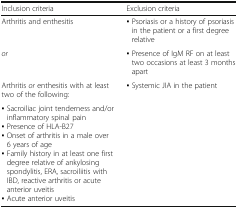
| Inclusion criteria | Exclusion criteria |
 | --- | --- |
 | Arthritis and enthesitis | ▪ Psoriasis or a history of psoriasis in the patient or a first degree relative |
 | or | ▪ Presence of IgM RF on at least two occasions at least 3 months apart |
 | Arthritis or enthesitis with at least two of the following: | ▪ Systemic JIA in the patient |
 | ▪ Sacroiliac joint tenderness and/or inflammatory spinal pain▪ Presence of HLA-B27▪ Onset of arthritis in a male over 6 years of age▪ Family history in at least one first degree relative of ankylosing spondylitis, ERA, sacroiliitis with IBD, reactive arthritis or acute anterior uveitis▪ Acute anterior uveitis |  |